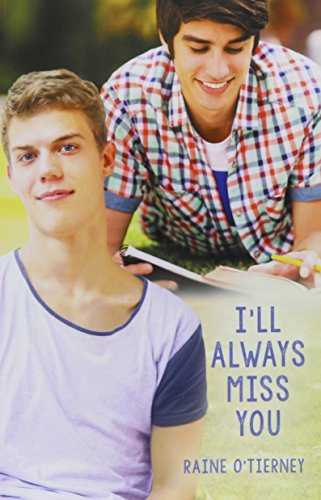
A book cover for I'll Always Miss You; Raine O'Tierney; Teen & Young Adult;